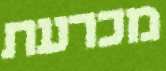
מכרעת